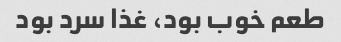
طعم خوب بود، غذا سرد بود